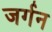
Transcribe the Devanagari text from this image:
जर्गन